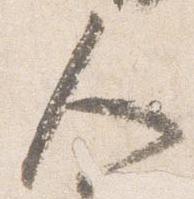
人